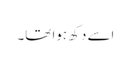
اسے دکھ ہوا تھا۔